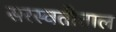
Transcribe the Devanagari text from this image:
सरस्वतीताल